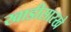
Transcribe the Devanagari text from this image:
खाडीसारखे